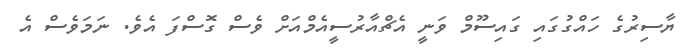
ޔާސިރުގެ ހައްގުގައި ގައިސޫމް ވަނީ އެޗްއާރުސީއެމްއަށް ވެސް ގޮސްފަ އެވެ. ނަމަވެސް އެ